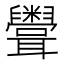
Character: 𥽳